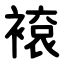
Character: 䙛